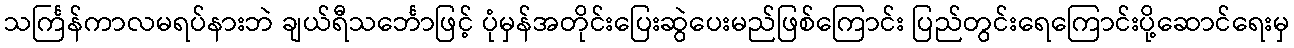
သင်္ကြန်ကာလမရပ်နားဘဲ ချယ်ရီသင်္ဘောဖြင့် ပုံမှန်အတိုင်းပြေးဆွဲပေးမည်ဖြစ်ကြောင်း ပြည်တွင်းရေကြောင်းပို့ဆောင်ရေးမှ